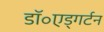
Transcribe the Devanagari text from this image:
डॉ॰एड्गर्टन